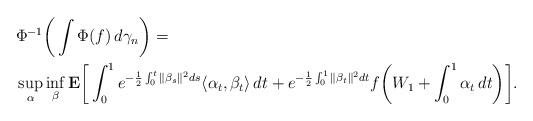
LaTeX: \begin{align*} &\Phi^{-1}\bigg( \int \Phi(f)\,d\gamma_n \bigg) = \\&\sup_\alpha\inf_\beta\mathbf{E}\bigg[\int_0^1 e^{-\frac{1}{2}\int_0^t\|\beta_s\|^2ds}\langle \alpha_t,\beta_t\rangle\,dt +e^{-\frac{1}{2}\int_0^1\|\beta_t\|^2dt}f\bigg(W_1 + \int_0^1 \alpha_t\,dt\bigg)\bigg].\end{align*}